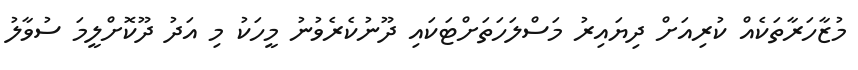
މުޒާހަރާތަކެއް ކުރިއަށް ދިޔައިރު މަސްލަހަތަށްޓަކައި ދޫނުކެރެވުނު މީހަކު މި އަދު ދޫކޮށްލީމަ ސުވާލު